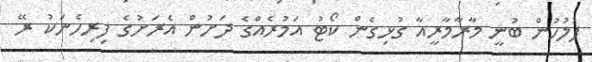
ފުލުހުން ބުނީ މާރާމާރީއާ ގުޅިގެން ކޯޓު އަމުރެއްގެ ދަށުން އެރަށުގެ ފިރިހެނަކު ރޭ